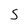
Character: S